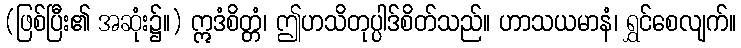
(ဖြစ်ပြီး၏ အဆုံး၌။) ဣဒံစိတ္တံ၊ ဤဟသိတုပ္ပါဒ်စိတ်သည်။ ဟာသယမာနံ၊ ရွှင်စေလျက်။